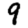
Digit: 9